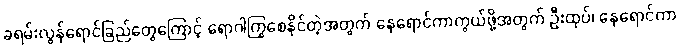
ခရမ်းလွန်ရောင်ခြည်တွေကြောင့် ရောဂါကြွစေနိုင်တဲ့အတွက် နေရောင်ကာကွယ်ဖို့အတွက် ဦးထုပ်၊ နေရောင်ကာ